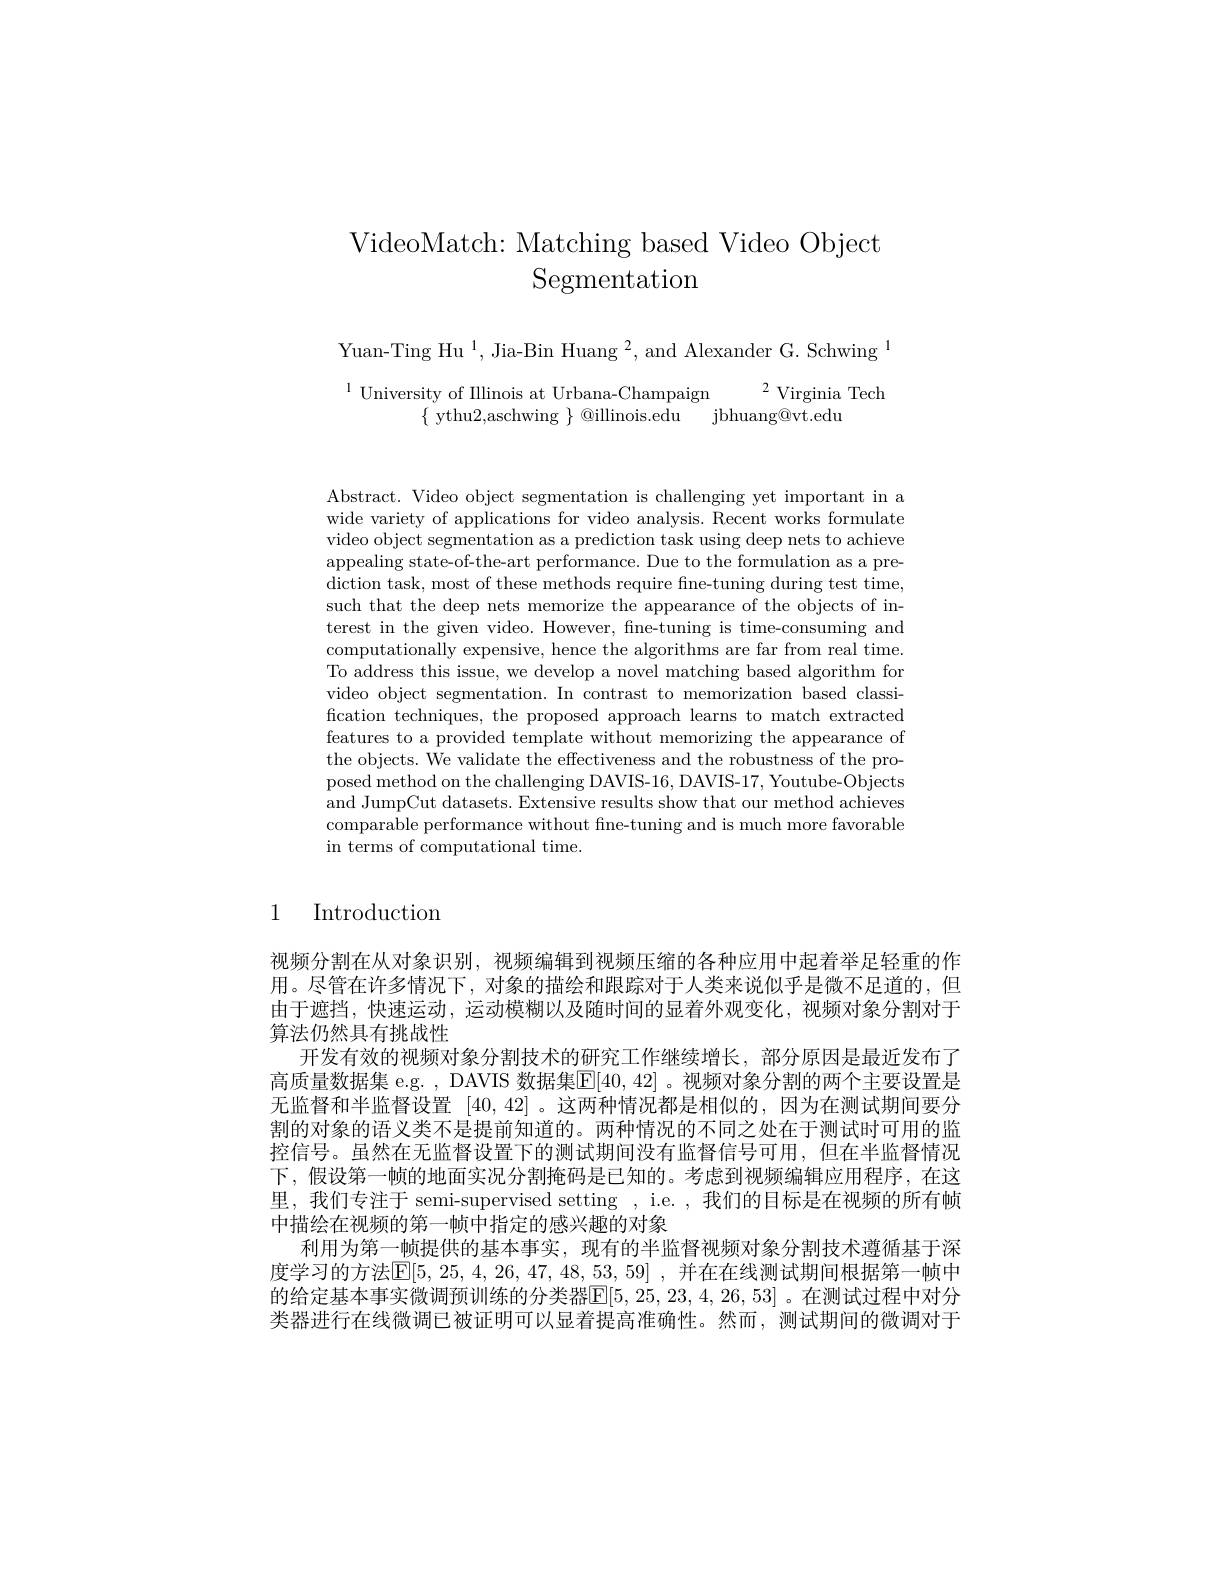
# VideoMatch: Matching based Video Object Segmentation

Yuan-Ting Hu$^1$,Jia-Bin Huang$^2$,and Alexander G. Schwing$^1$

$\begin{array}{c}^{1}\text{University of Illinois at Urbana-Champaign}\\\{\text{ ythu2,aschwing }\}@\text{illinois.edu}&\text{jbhuang@vt.edu}\\\end{array}$

Abstract. Video object segmentation is challenging yet important in a wide variety of applications for video analysis. Recent works formulate video object segmentation as a prediction task using deep nets to achieve appealing state-of-the-art performance. Due to the formulation as a prediction task, most of these methods require fine-tuning during test time, such that the deep nets memorize the appearance of the objects of interest in the given video. However, fine-tuning is time-consuming and computationally expensive, hence the algorithms are far from real time. To address this issue, we develop a novel matching based algorithm for video object segmentation. In contrast to memorization based classification techniques, the proposed approach learns to match extracted features to a provided template without memorizing the appearance of the objects. We validate the effectiveness and the robustness of the proposed method on the challenging DAVIS-16, DAVIS-17, Youtube-Objects and JumpCut datasets. Extensive results show that our method achieves comparable performance without fine-tuning and is much more favorable in terms of computational time.

# 1 Introduction

视频分割在从对象识别，视频编辑到视频压缩的各种应用中起着举足轻重的作用。尽管在许多情况下，对象的描绘和跟踪对于人类来说似乎是微不足道的，但由于遮挡，快速运动，运动模糊以及随时间的显着外观变化，视频对象分割对于算法仍然具有挑战性
开发有效的视频对象分割技术的研究工作继续增长，部分原因是最近发布了高质量数据集 e.g. , DAVIS 数据集$\boxed{\mathrm{E}}[40,42]$ 。视频对象分割的两个主要设置是无监督和半监督设置[40,42] 。这两种情况都是相似的，因为在测试期间要分割的对象的语义类不是提前知道的。两种情况的不同之处在于测试时可用的监控信号。虽然在无监督设置下的测试期间没有监督信号可用，但在半监督情况下，假设第一帧的地面实况分割掩码是已知的。考虑到视频编辑应用程序，在这里，我们专注于 semi-supervised setting , i.e. , 我们的目标是在视频的所有帧中描绘在视频的第一帧中指定的感兴趣的对象
利用为第一帧提供的基本事实，现有的半监督视频对象分割技术遵循基于深度学习的方法$\mathsf{E}[5,25,4,26,47,48,53,59]$, 并在在线测试期间根据第一帧中的给定基本事实微调预训练的分类器$\mathbb{E}[5,25,23,4,26,53]$。在测试过程中对分类器进行在线微调已被证明可以显着提高准确性。然而，测试期间的微调对于